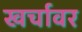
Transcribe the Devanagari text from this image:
खर्चावर